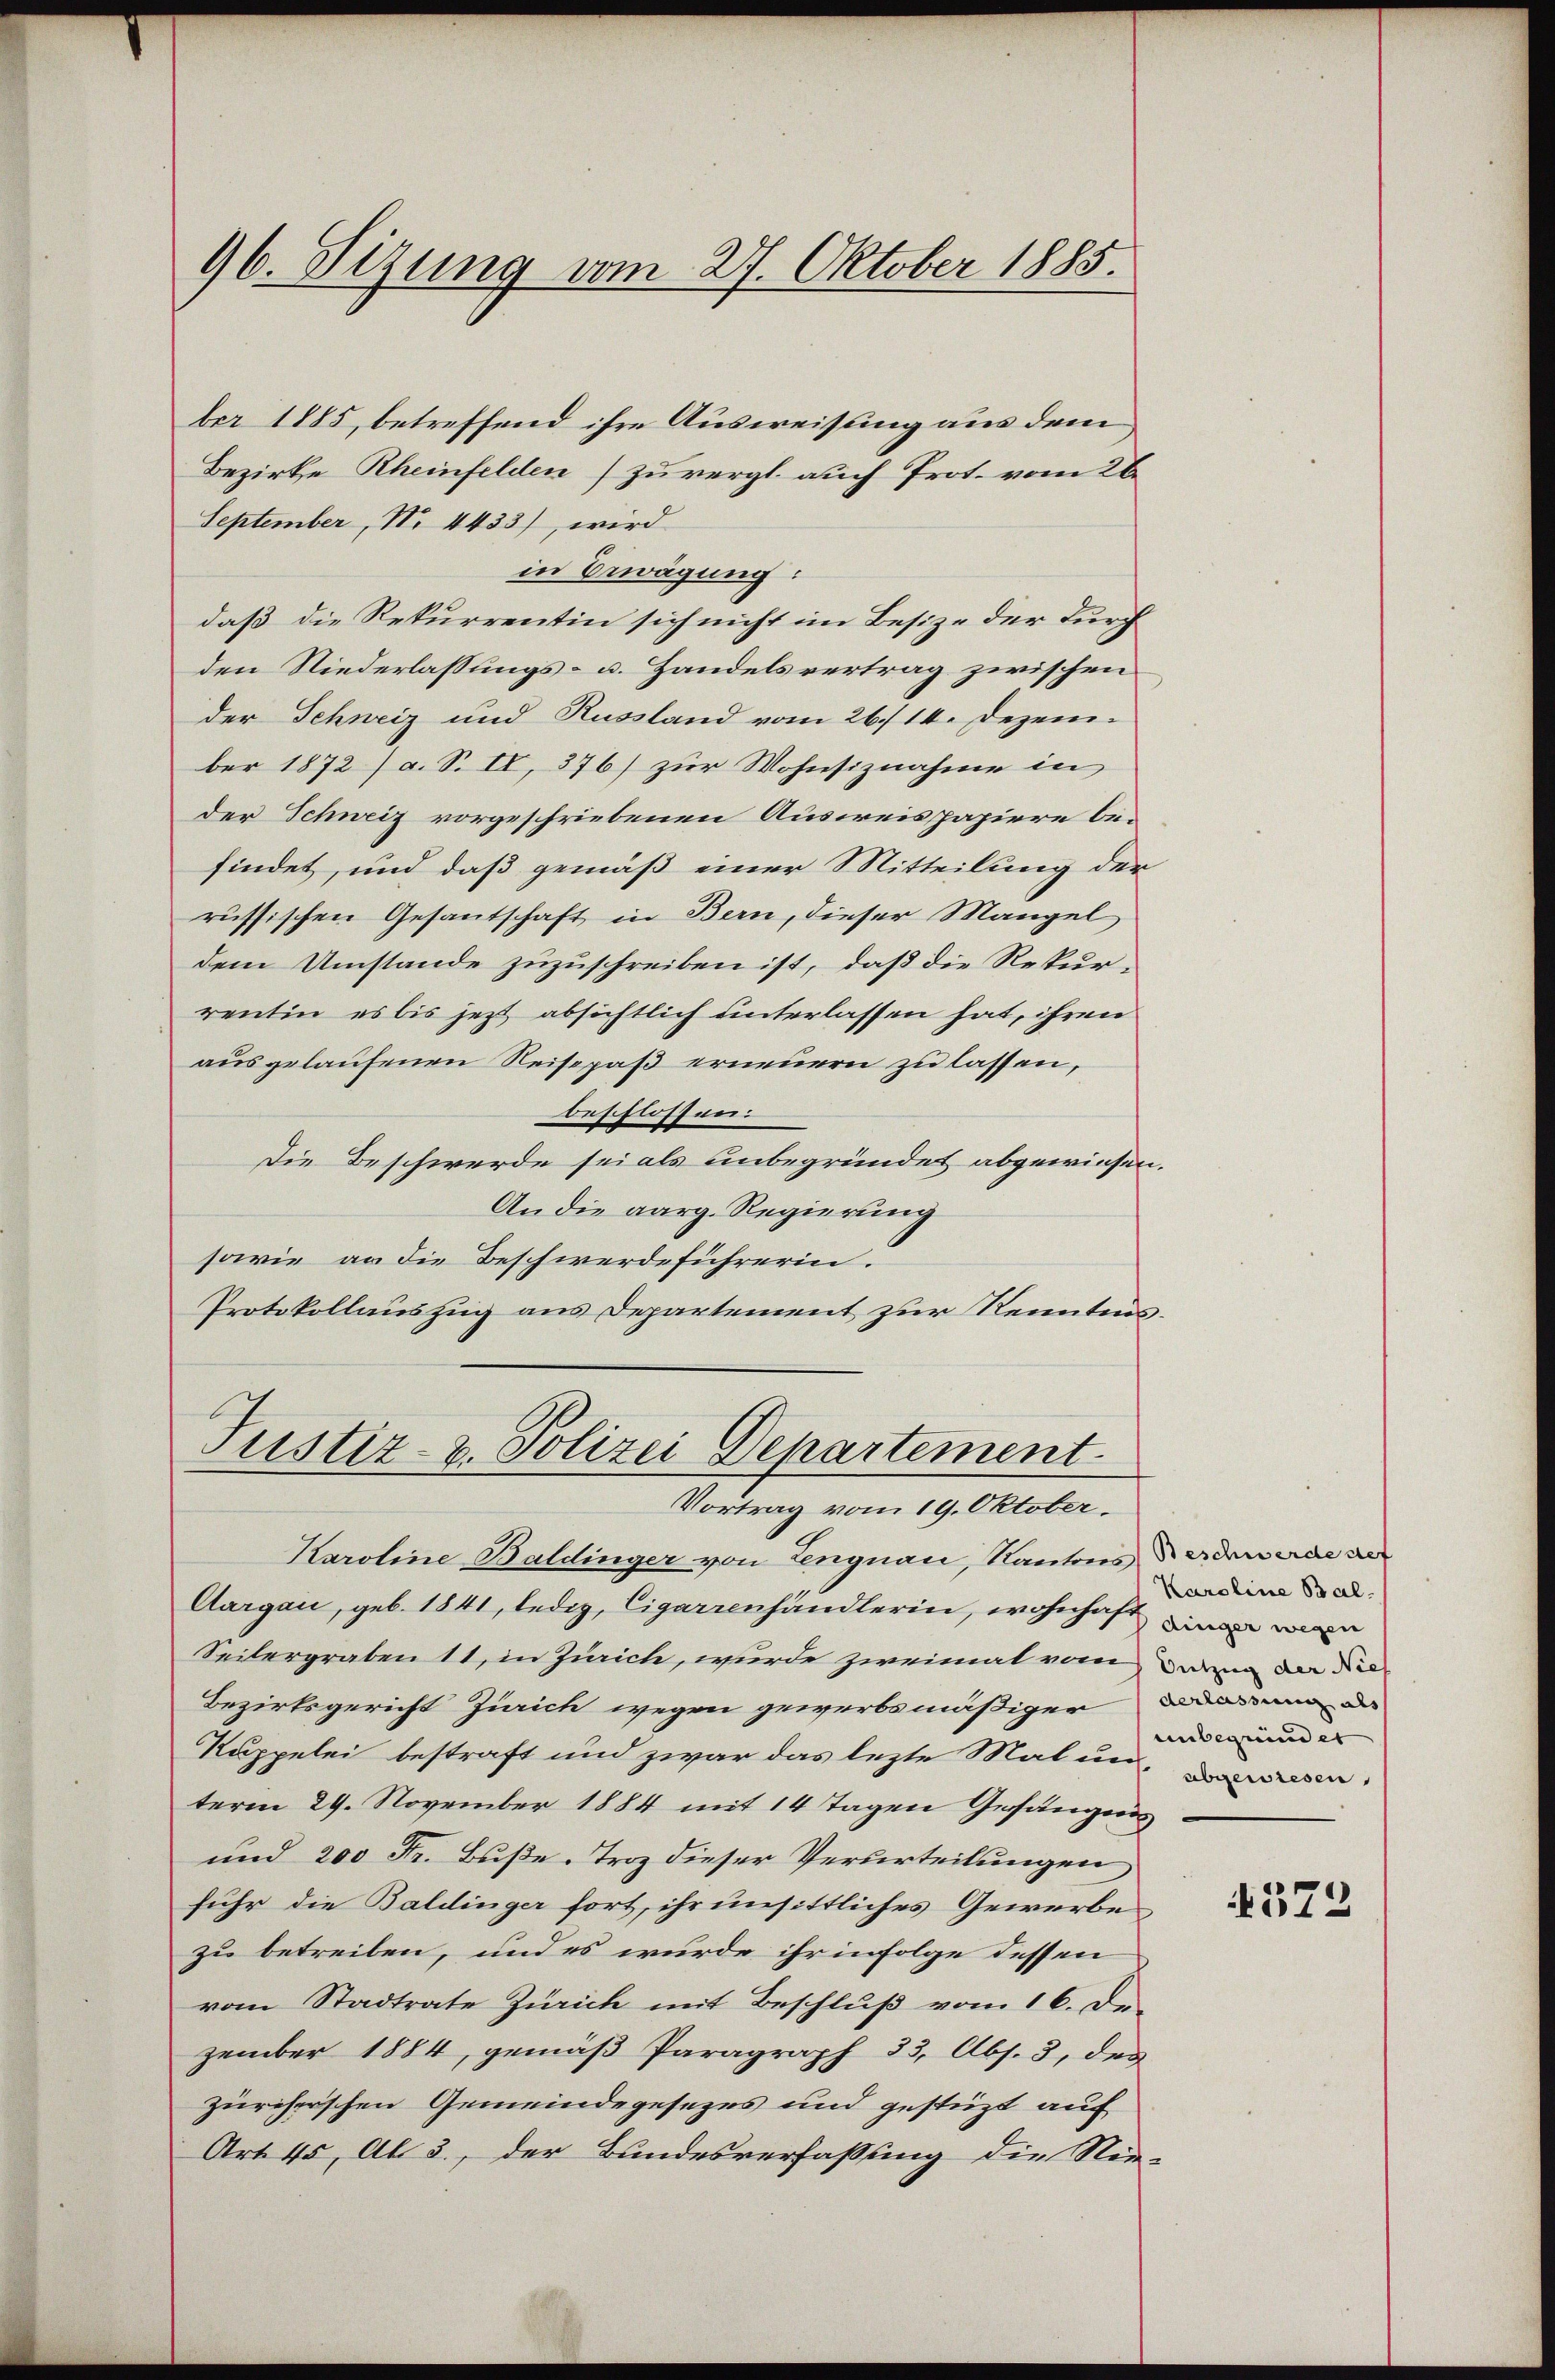
96. Sizung vom 27. Oktober 1885.

ber 1885, betreffend ihre Ausweisung aus dem
Bezirke Rheinfelden) zu vergl. auch Prot. vom 26.
September, No. 4433), wird
in Erwägung:
daß die Rekurrentin sich nicht im Besize der Durch
den Niederlassungs- u. Handelsvertrag zwischen
der Schweiz und Russland vom 26./14. Dezember 1872 / a. S. II, 376) zur Wohnsiznahme in
der Schweiz vorgeschriebenen Ausweispapiere befindet, und daß gemäß einer Mitteilung der
russischen Gesantschaft in Bern, dieser Mangel
dem Umstände zuzuschreiben ist, daß die Rekurrentin es bis jetzt absichtlich unterlassen hat, ihren
ausgelaufenen Reisepaß erneuern zu lassen,
beschlossen:
Die Beschwerde sei als unbegründet abgewiesen.
An die aarg. Regierung
sowie an die Beschwerdeführerin.
Protokollauszug aus Departement zur Kenntnis.

Justiz- & Polizei Departement.
Vortrag vom 19. Oktober.

Karoline Baldinger von Lengnau, Kantons darduwerde de
Aargau, geb. 1841, ledig, Cigarrenhandlerin, wohnhaft man
Seitergraben 11, in Zürich, wurde zweimat vom an der de
Bezirksgericht Zürich wegen gewerbsmäßiger Dann d
Kuppelei bestraft und zwar das lezte Mal un
term 29. November 1884 mit 14 Tagen Gefängen
und 200 Fr. Buße-Troz dieser Verurteilungen
fuhr die Baldinger fort, ihr unsittliches Gewerbe
zu betreiben, und es wurde ihr infolge dessen
vom Stadtrate Zürich mit Beschluß vom 16. De
zember 1884, gemäß Paragraph 33, Abs. 3, des
zurecherschen Gemeindegesezes und gestüzt auf
Art. 45, Al. 3., der Bundesverfassung die Neu-

Karoline Bal
unbegründet

573